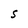
Character: S